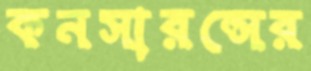
কনসারন্সের